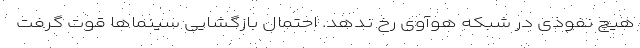
هیچ نفوذی در شبکه هوآوی رخ ندهد. احتمال بازگشایی سینماها قوت گرفت